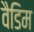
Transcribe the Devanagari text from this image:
वैडिम